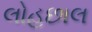
લોહછાલ